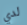
لدي